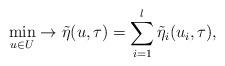
LaTeX: \begin{align*} \min \limits _{u \in U} \to \tilde \eta(u,\tau)= \sum _{i=1}^{l} \tilde \eta_{i} (u_{i},\tau),\end{align*}